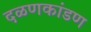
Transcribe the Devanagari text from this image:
दळणकांडण